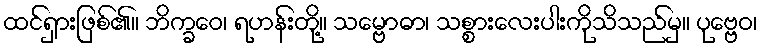
ထင်ရှားဖြစ်၏။ ဘိက္ခဝေ၊ ရဟန်းတို့။ သမ္ဗောဓာ၊ သစ္စားလေးပါးကိုသိသည်မှ။ ပုဗ္ဗေဝ၊